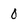
Character: 0